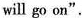
will go on".